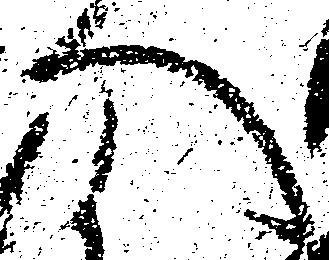
へ